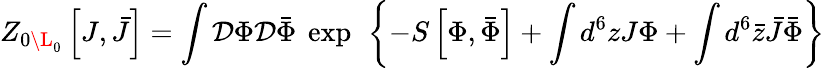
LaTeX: Z_{0\L_{0}}\left[J,\bar{J}\right]=\int{\cal D}\Phi{\cal D}\bar{\Phi}~\exp\ \left\{ -S\left[\Phi,\bar{\Phi}\right]+\int d^{6}zJ\Phi+\int d^{6}\bar{z}\bar{J}\bar{\Phi}\right\}